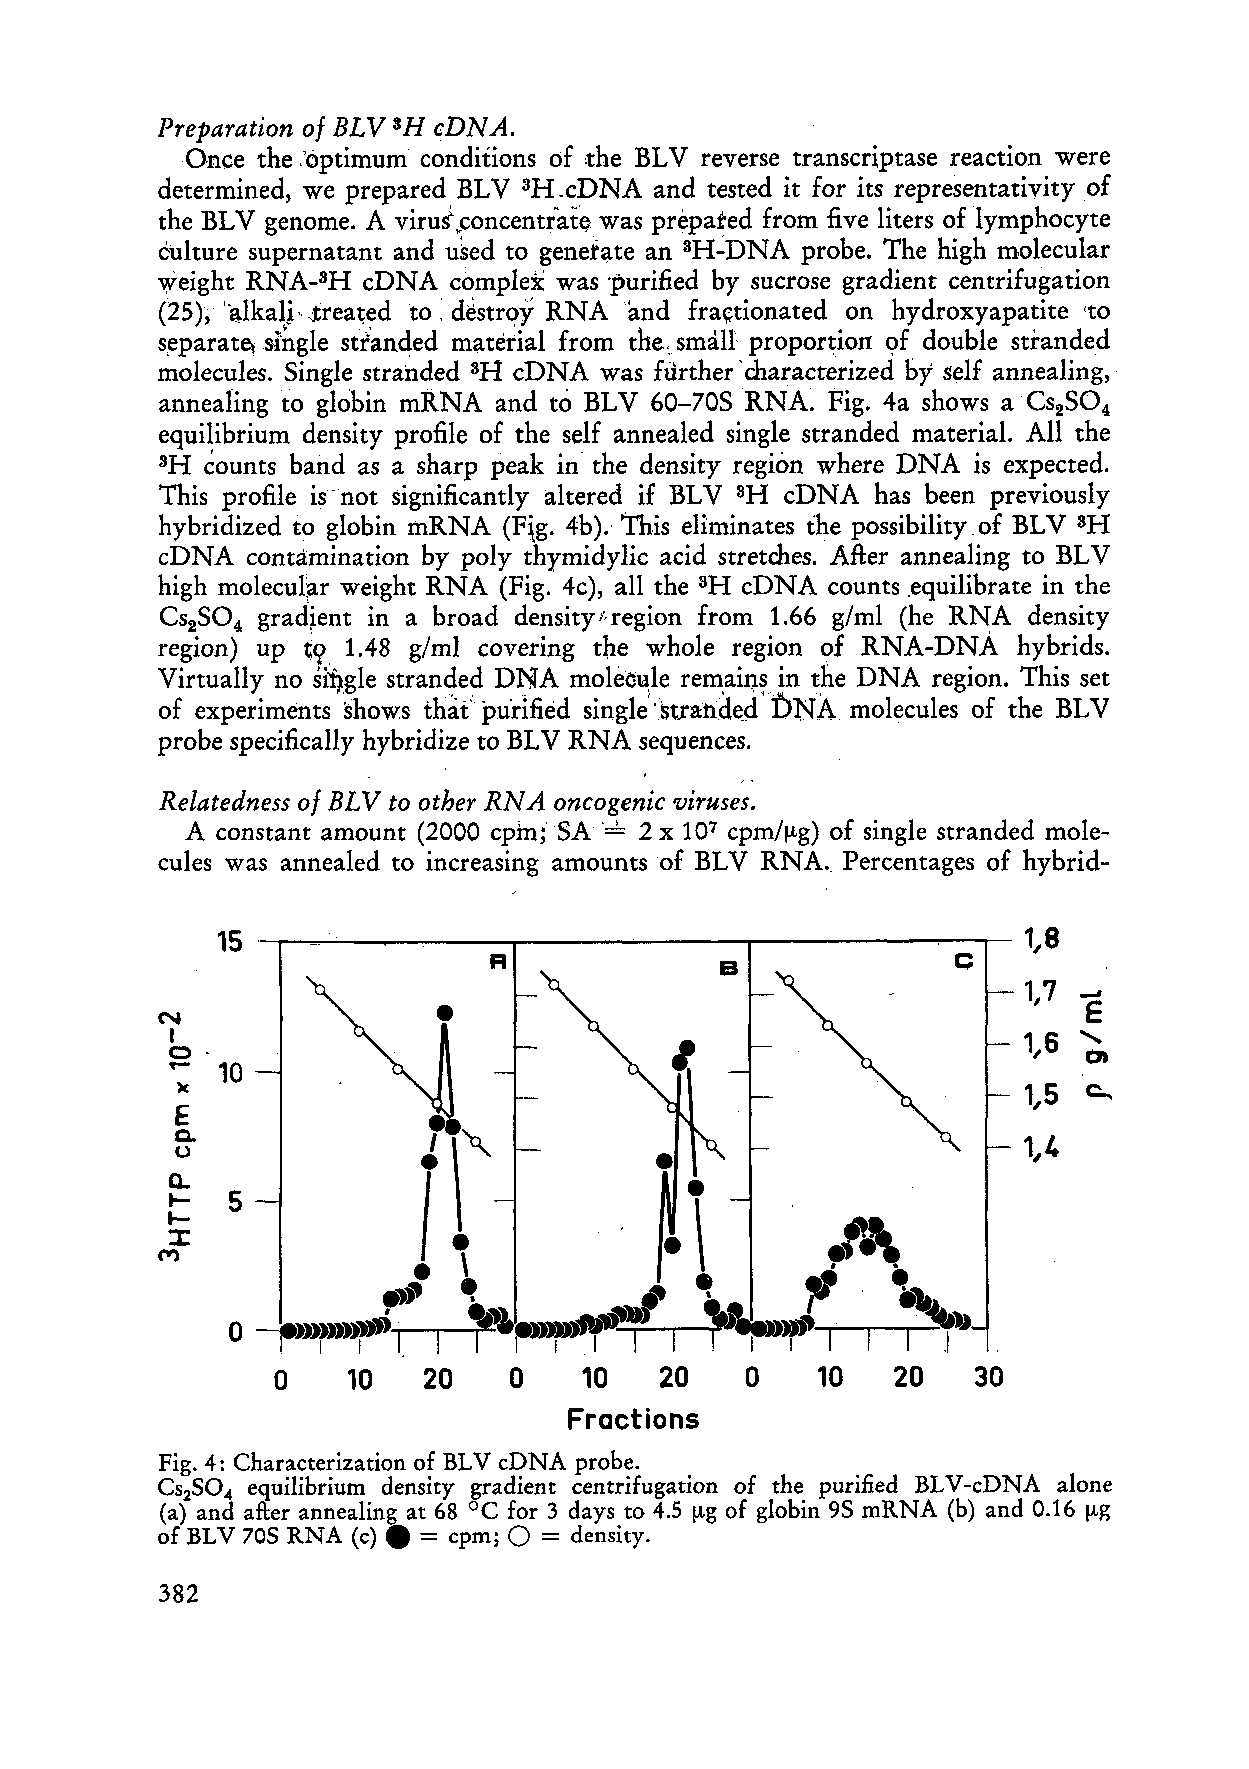
Preparation of BLV cDNA.
 3H
 Once ihe 'optimum conditions of the BLV reverse transcriptase reaction were
 determined, we prepared BLV 3H.cDNA and tested it for its representativity of
 the BLV genome. A virus',,concentr'ate was prepated from five liters of lymphocyte
 culture supernatant and uSed to genetate an W-DNA probe. The high molecular
 weight RNA-8H cDNA  comple~w as ~urifiedb y sucrose gradient centrifugation
 (25), 'alkali. ~reatedt o destrqy RNA knd fra~tionatedo n hydroxyapatite [to
 separate Single sthnded material from the smdll proportion pf double stianded
 molecules. Single stranded cDNA was further 'characterized by self annealing,
 3H
 annealing to globin mRNA and to BLV 60-70s RNA. Fig. 4a shows a Cs2S0,
 equilibrium density profile of the self annealed single stranded material. All the
 'H founts band as a sharp peak in the density region where DNA is expected.
 This profile is-not significantly altered if BLV 3H cDNA has been previously
 hybridized to globin mRNA (Fig. 4b). This eliminates the possibility of BLV
 3H
 cDNA  contamination by poly thymidylic acid stretches. ARer annealing to BLV
 high molecular weight RNA (Fig. 4c), all the cDNA Counts equilibrate in the
 SH
 Cs2S0, gradient in a broad density~pregion from 1.66 glml (he RNA density
 region) up tp 1.48 glml covering the whole region of RNA-DNA hybrids.
 Virtually no si$gle stranded DNA molee~ler emains in the DNA region. This set
 ONA
 of experiments bhows th&' pui-ified single *strandedY molecules of the BLV
 probe specifically hybridize to BLV RNA sequences.
 , .
 Relatedness of BLV to other RNA oncogenic viruses.
 A constant amount (2000 cpin; SA = 2 X 107 cpml~g)o f single stranded mole-
 cules was annealed to increasing amounts of BLV RNA. Percentages of hybrid-
 Fractions
 Fig. 4: Characterization of BLV cDNA probe.
 Cs,S04 equilibrium density gradient centrifugation of the purified BLV-cDNA alone
 (a) and afker annealing at 68 'C for 3 days to 4.5 pg of globin 9s mRNA (b) and 0.16 pg
 of BLV 70s RNA (C) = cpm; 0 = density.